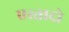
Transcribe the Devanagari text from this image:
एस्तादो